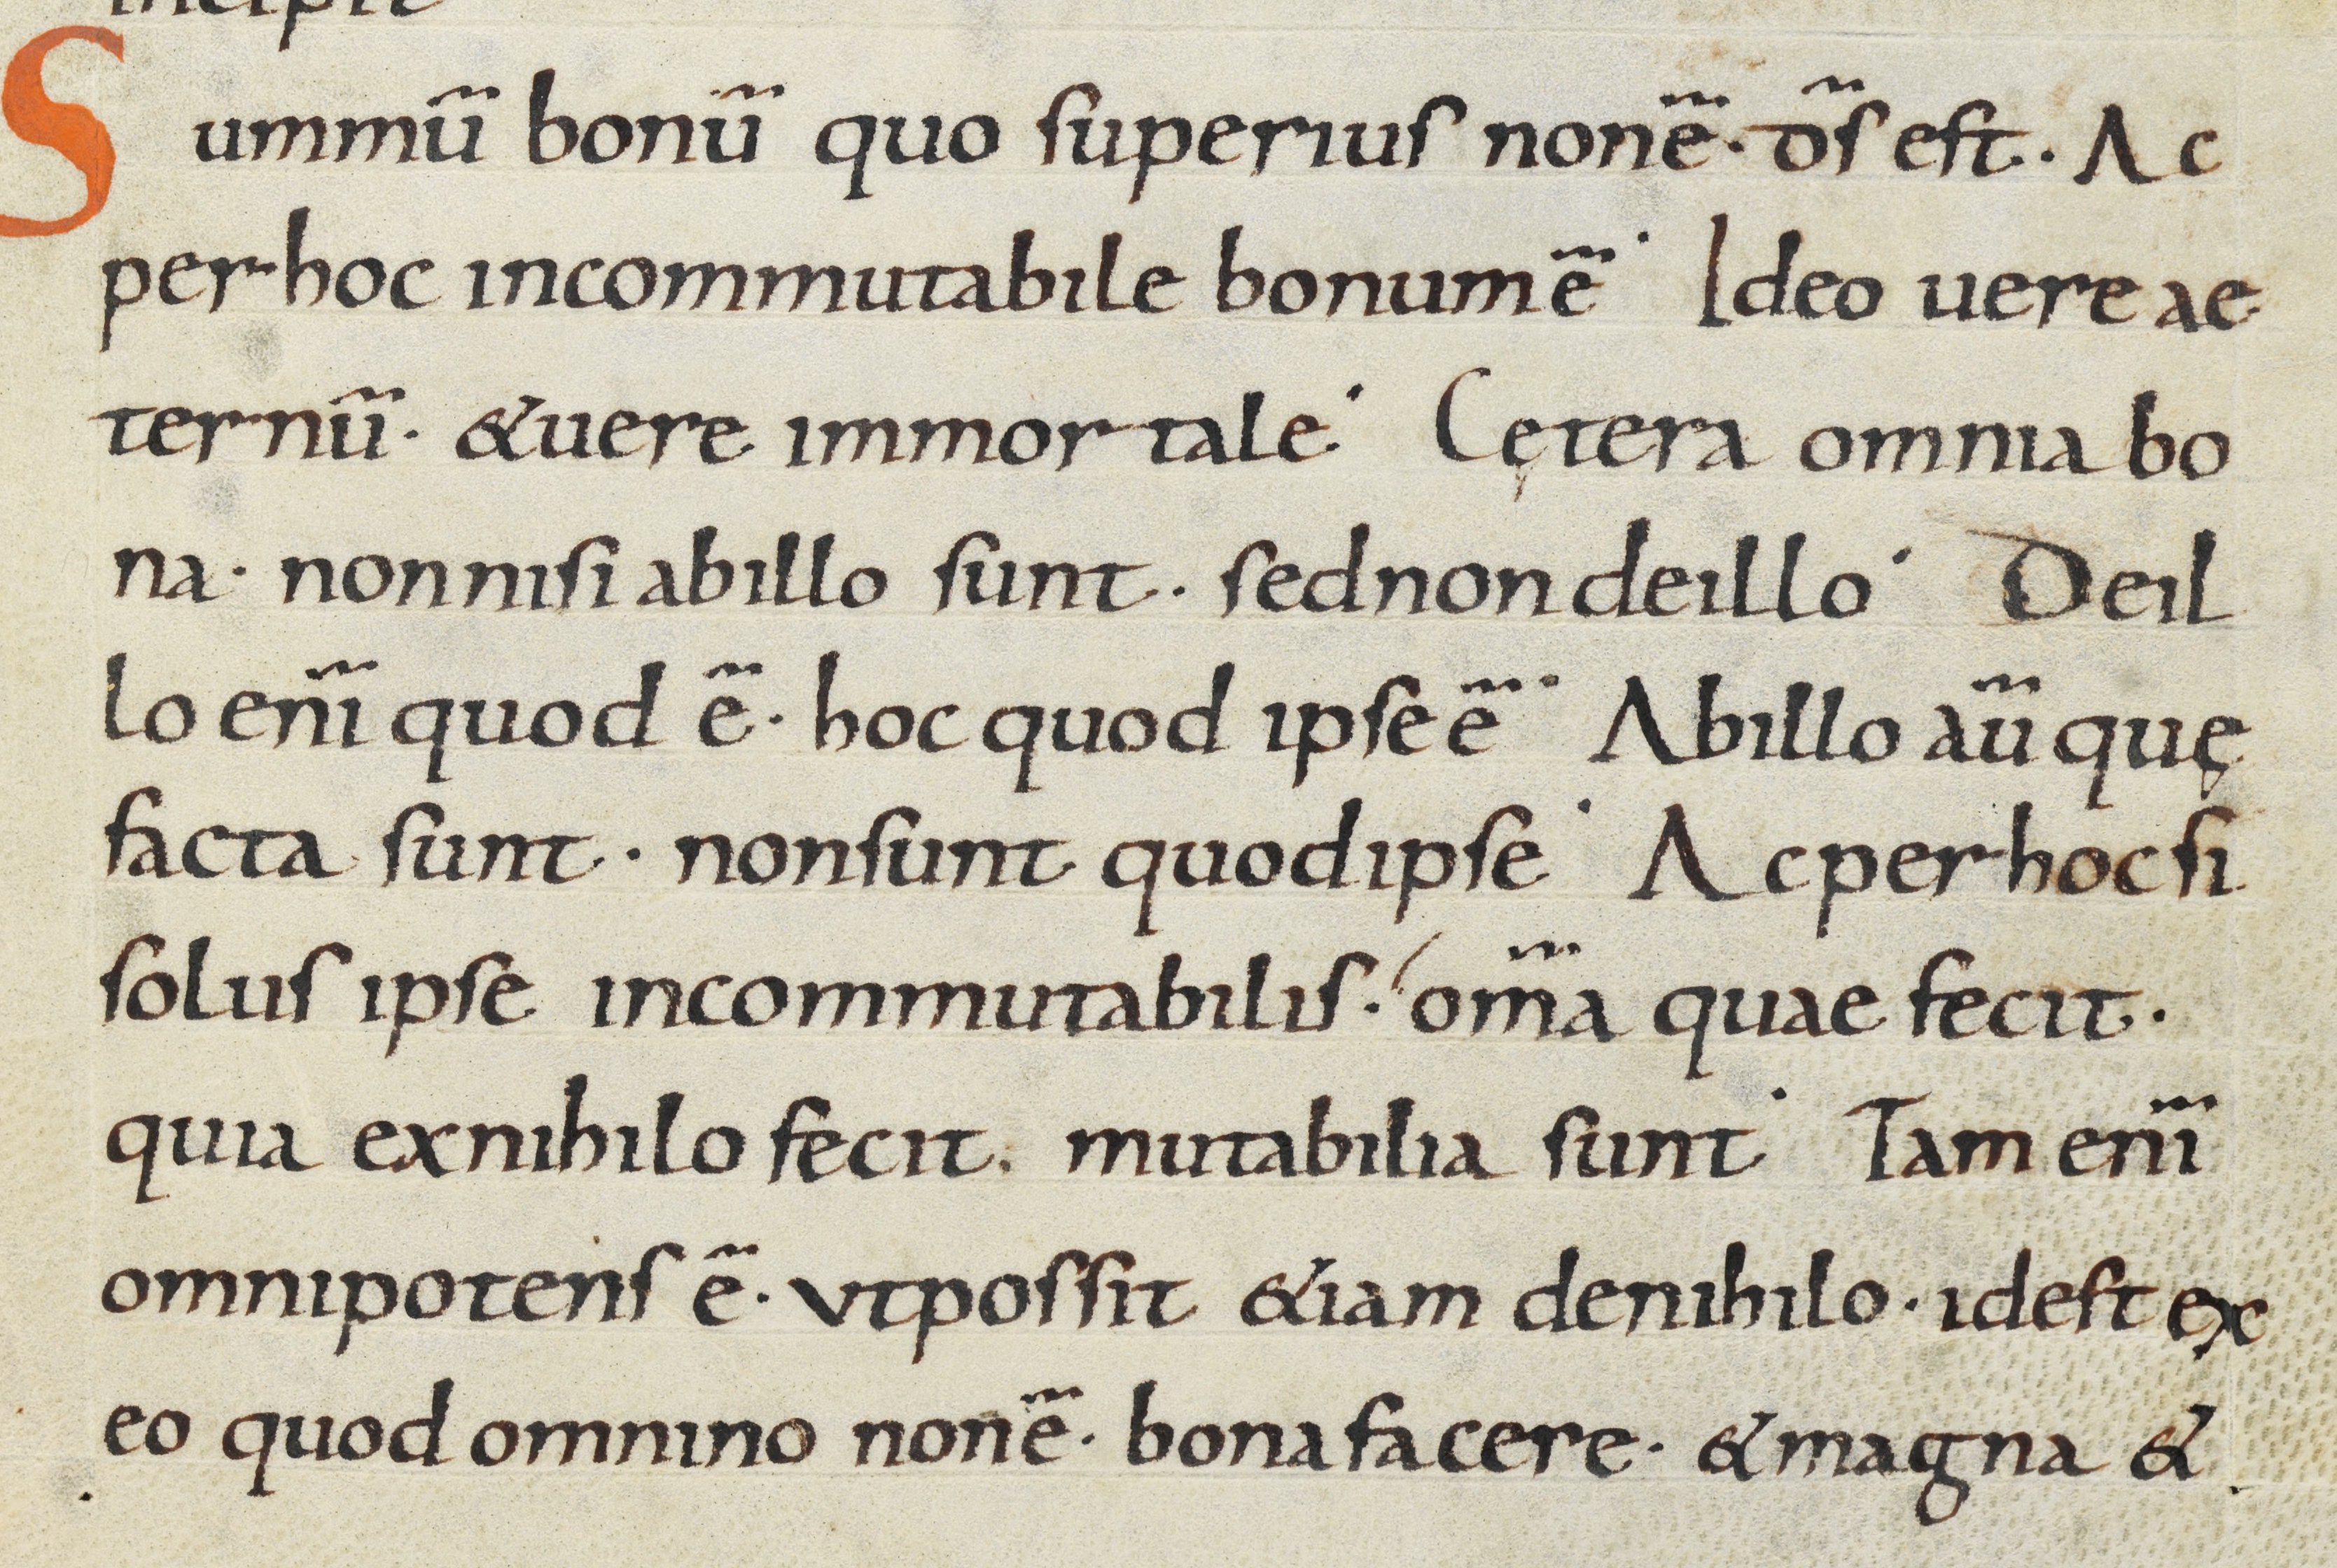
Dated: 800–899